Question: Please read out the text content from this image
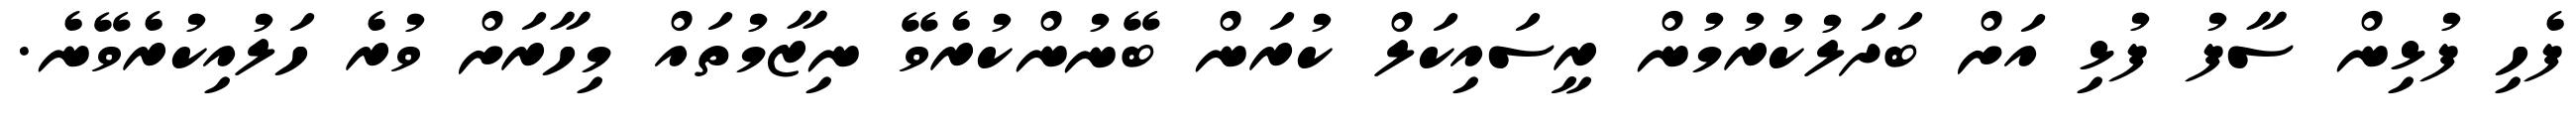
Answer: ފެހި ފުޅިން ސާފު ފުޅި އަށް ބަދަލުކުރުމުން ރީސައިކަލް ކުރަން ބޭނުންކުރެވޭ ނިޒާމުތައް މިހާރަށް ވުރެ ހަލުއިކުރެވޭނެ.